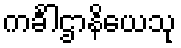
ကင်္ခါဌာနိယေသု